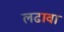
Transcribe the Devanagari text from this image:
लढावा